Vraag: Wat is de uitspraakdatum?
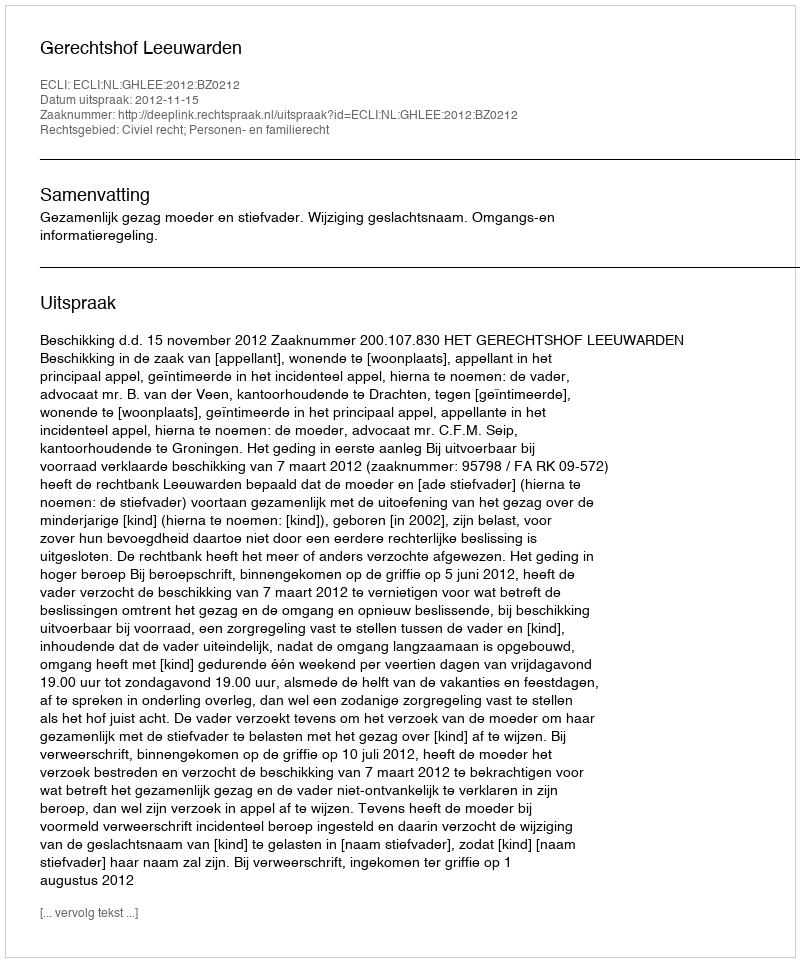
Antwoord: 2012-11-15